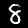
Label: 8